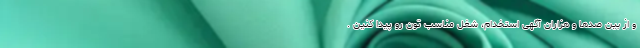
و از بین صدها و هزاران آگهی استخدام، شغل مناسب تون رو پیدا کنین .